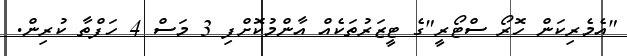
"އެމެރިކަން ހޮރޯ ސްޓޯރީ"ގެ ޓީޒަރުތަކެއް އާންމުކޮށްފި 3 މަސް 4 ހަފްތާ ކުރިން.